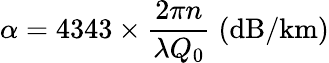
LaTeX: \alpha=4343\times\frac{2\pi n}{\lambda Q_{0}}\; \textrm{(dB/km)}